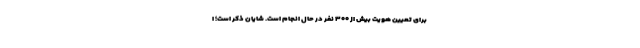
برای تعیین هویت بیش از ۳۰۰ نفر در حال انجام است. شایان ذکر است؛ ا